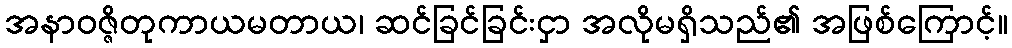
အနာဝဇ္ဇိတုကာယမတာယ၊ ဆင်ခြင်ခြင်းငှာ အလိုမရှိသည်၏ အဖြစ်ကြောင့်။